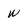
Character: W